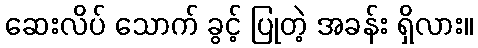
ဆေးလိပ် သောက် ခွင့် ပြုတဲ့ အခန်း ရှိလား။